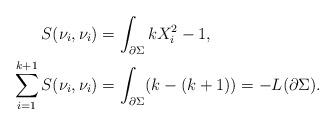
LaTeX: \begin{align*}S(\nu_i, \nu_i) &= \int_{\partial \Sigma} k X_i^2-1,\\\sum_{i=1}^{k+1} S(\nu_i, \nu_i) &= \int_{\partial \Sigma}(k-(k+1))=-L(\partial \Sigma).\end{align*}